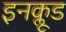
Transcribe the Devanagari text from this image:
इनक्लूड